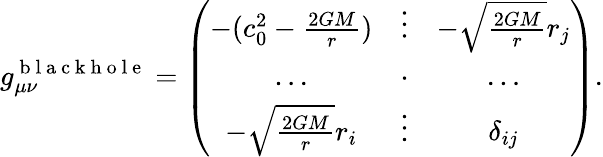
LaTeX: g_{\mu\nu}^{\mathrm{~b~l~a~c~k~h~o~l~e~}}=\left(\begin{array}{ccc}{-(c_{0}^{2}-\frac{2GM}{r})}&{\vdots}&{-\sqrt{\frac{2GM}{r}}{r_{j}}}\\ {\ldots}&{\cdot}&{\ldots}\\ {-\sqrt{\frac{2GM}{r}}{r_{i}}}&{\vdots}&{\delta_{ij}}\end{array}\right).